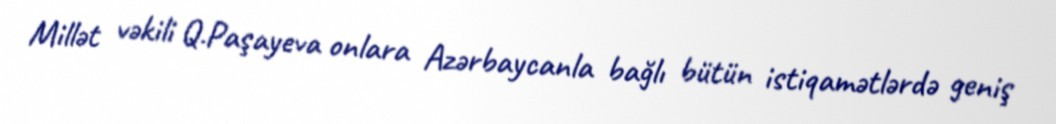
Millət vəkili Q.Paşayeva onlara Azərbaycanla bağlı bütün istiqamətlərdə geniş